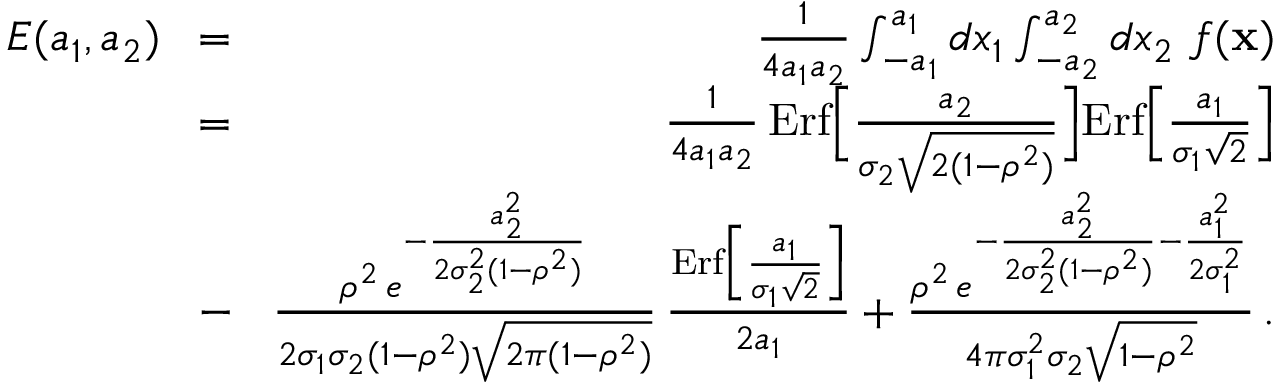
\begin{array} { r l r } { E ( a _ { 1 } , a _ { 2 } ) } & { \! = \! } & { { \frac { 1 } { 4 a _ { 1 } a _ { 2 } } } \int _ { - a _ { 1 } } ^ { a _ { 1 } } d x _ { 1 } \int _ { - a _ { 2 } } ^ { a _ { 2 } } d x _ { 2 } \ f ( { \bf x } ) } \\ & { \! = \! } & { { \frac { 1 } { 4 a _ { 1 } a _ { 2 } } } \, \mathrm { E r f } \Big [ { \frac { a _ { 2 } } { \sigma _ { 2 } \sqrt { 2 ( 1 - \rho ^ { 2 } ) } } } \Big ] \mathrm { E r f } \Big [ { \frac { a _ { 1 } } { \sigma _ { 1 } \sqrt { 2 } } } \Big ] } \\ & { \! - \! } & { { \frac { \rho ^ { 2 } \, e ^ { - { \frac { a _ { 2 } ^ { 2 } } { 2 \sigma _ { 2 } ^ { 2 } ( 1 - \rho ^ { 2 } ) } } } } { 2 \sigma _ { 1 } \sigma _ { 2 } ( 1 - \rho ^ { 2 } ) \sqrt { 2 \pi ( 1 - \rho ^ { 2 } ) } } } \, { \frac { \mathrm { E r f } \Big [ { \frac { a _ { 1 } } { \sigma _ { 1 } \sqrt { 2 } } } \Big ] } { 2 a _ { 1 } } } + { \frac { \rho ^ { 2 } \, e ^ { - { \frac { a _ { 2 } ^ { 2 } } { 2 \sigma _ { 2 } ^ { 2 } ( 1 - \rho ^ { 2 } ) } } - { \frac { a _ { 1 } ^ { 2 } } { 2 \sigma _ { 1 } ^ { 2 } } } } } { 4 \pi \sigma _ { 1 } ^ { 2 } \sigma _ { 2 } \sqrt { 1 - \rho ^ { 2 } } } } \, . } \end{array}